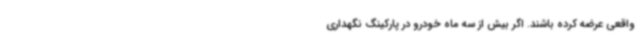
واقعی عرضه کرده باشند. اگر بیش از سه ماه خودرو در پارکینگ نگهداری